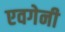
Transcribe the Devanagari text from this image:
एवगेनी